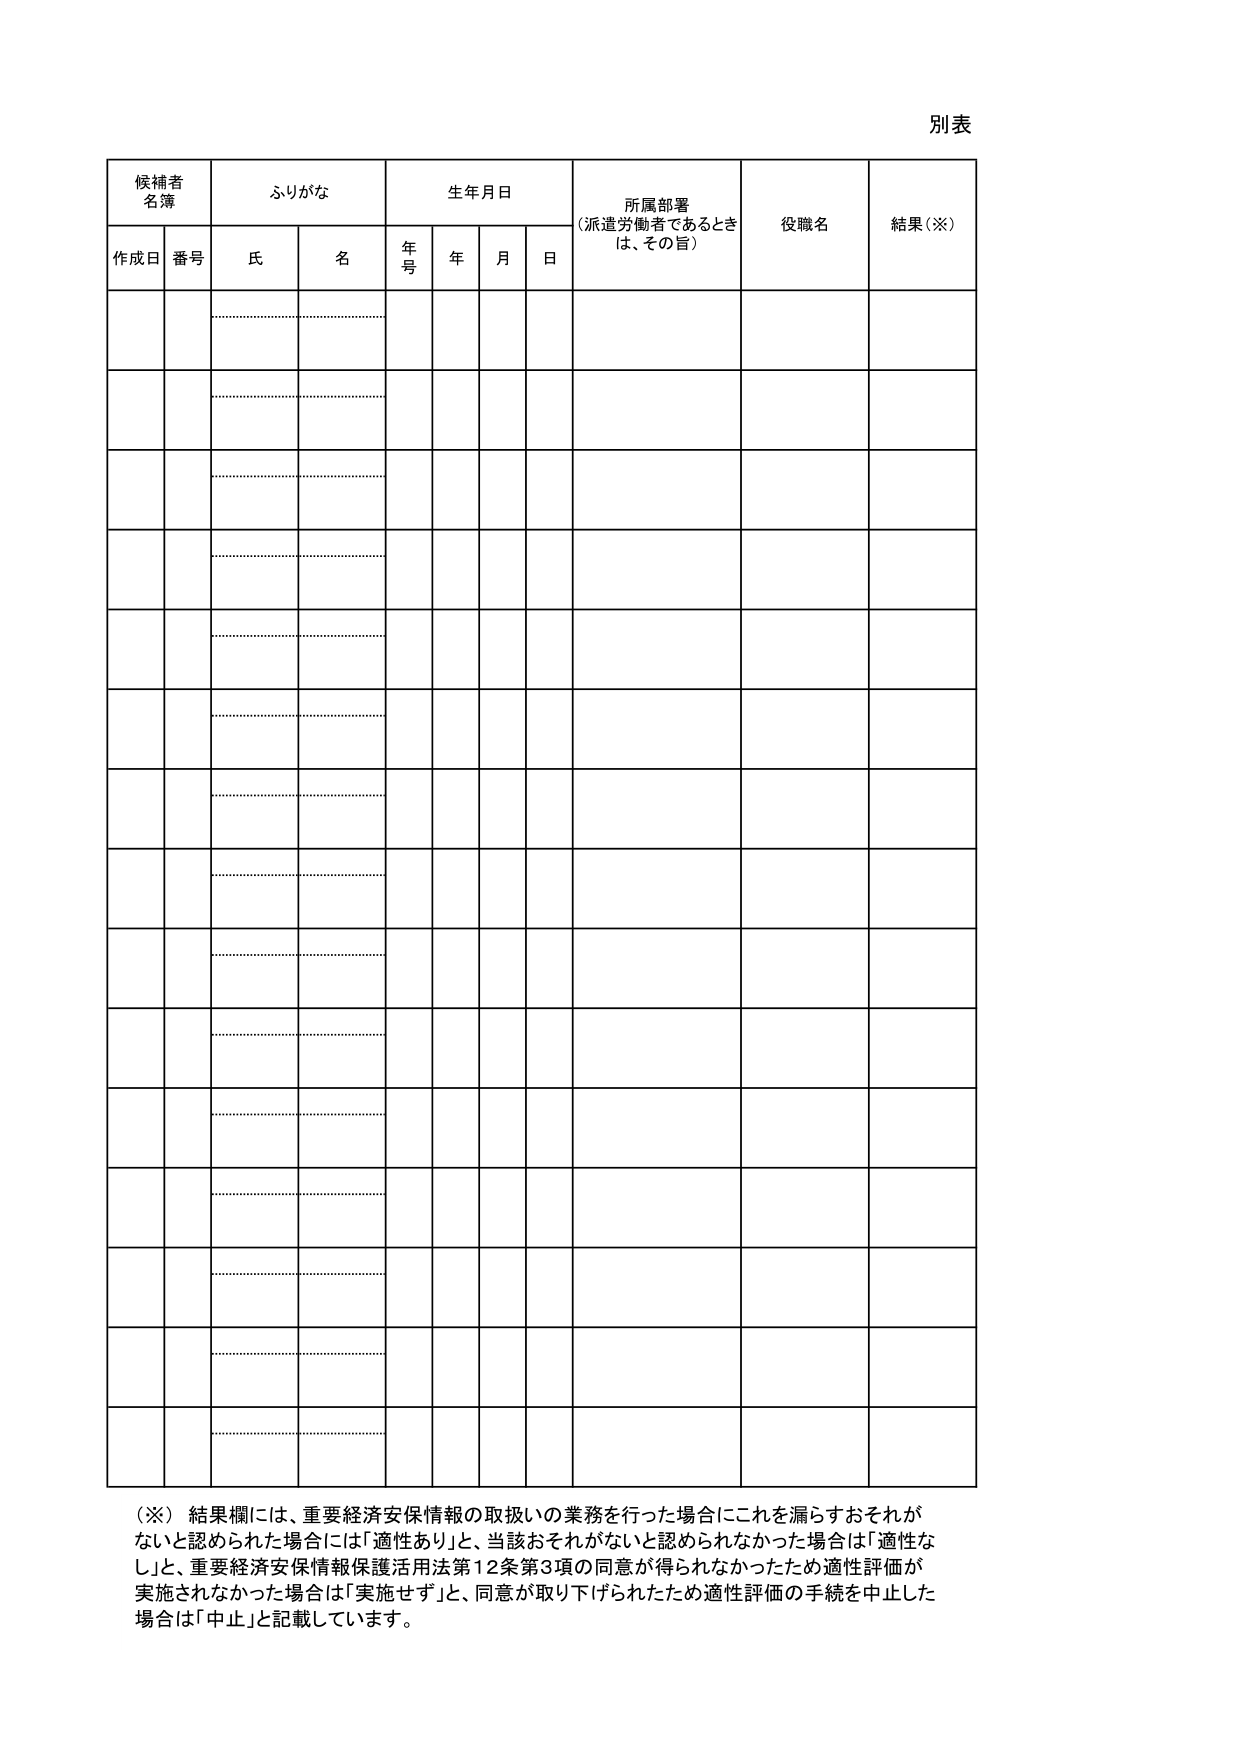
別表

候補者
名簿
ふりがな
生年月日
所属部署
（派遣労働者であるときは、その旨）
役職名
結果（※）

作成日
番号
氏
名
年号
年
月
日

（※）結果欄には、重要経済安保情報の取扱いの業務を行った場合にこれを漏らすおそれがないと認められた場合には「適性あり」と、当該おそれがないと認められなかった場合は「適性なし」と、重要経済安保情報保護活用法第12条第3項の同意が得られなかったため適性評価が実施されなかった場合は「実施せず」と、同意が取り下げられたため適性評価の手続を中止した場合は「中止」と記載しています。